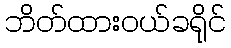
ဘိတ်ထားဝယ်ခရိုင်